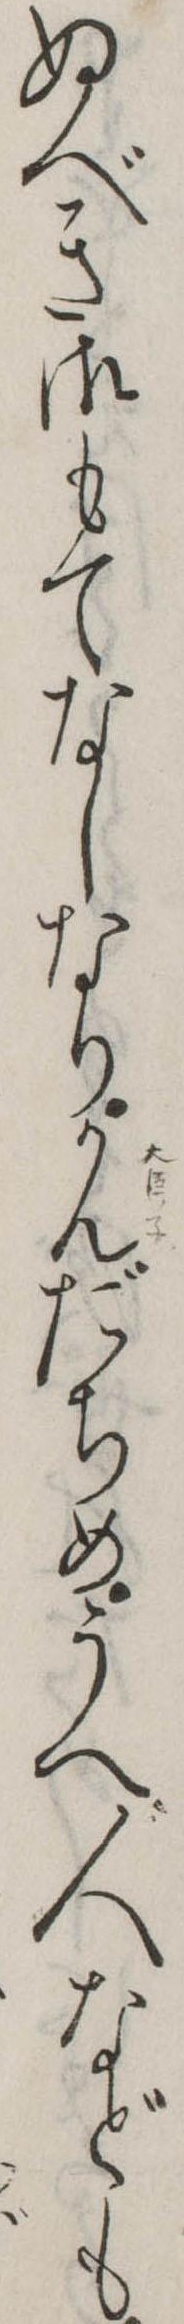
ぬべき御もてなしなりかんだちめうへ人なども